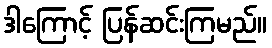
ဒါကြောင့် ပြန်ဆင်းကြမည်။